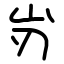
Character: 岃